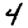
Digit: 4